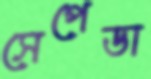
সেপেডা